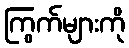
ကြွက်များကို